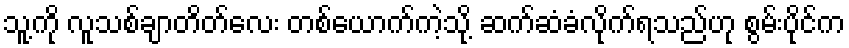
သူ့ကို လူသစ်ချာတိတ်လေး တစ်ယောက်ကဲ့သို့ ဆက်ဆံခံလိုက်ရသည်ဟု စွမ်းပိုင်က